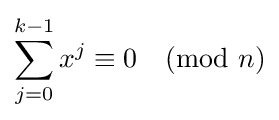
\sum _{j=0}^{k-1}x^{j}\equiv 0{\pmod {n}}